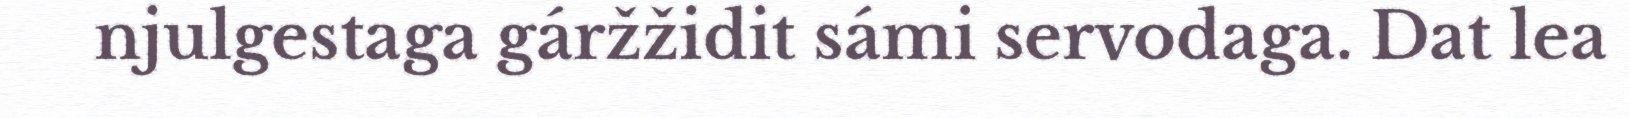
njulgestaga gáržžidit sámi servodaga. Dat lea